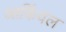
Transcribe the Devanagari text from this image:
आर्किवल